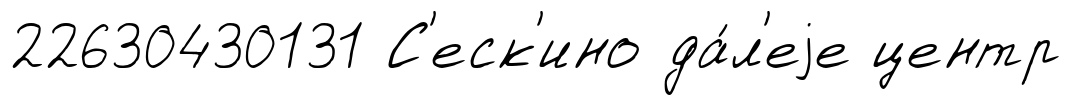
22630430131 С'еск'ино да́л'еjе центр